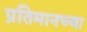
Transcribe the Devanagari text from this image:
प्रतिमानच्या